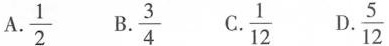
A.\frac{1}{2} B.\frac{3}{4} C.\frac{1}{12} D.\frac{5}{12}